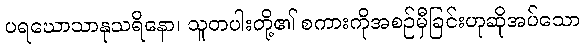
ပရဃောသာနုသရိနော၊ သူတပါးတို့၏ စကားကိုအစဉ်မှီခြင်းဟုဆိုအပ်သော